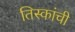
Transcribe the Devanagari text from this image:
तिस्कांची